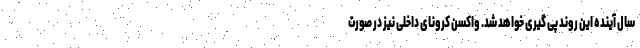
سال آینده این روند پی گیری خواهد شد. واکسن کرونای داخلی نیز در صورت